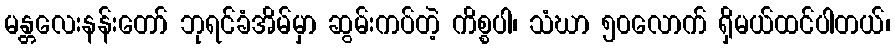
မန္တလေးနန်းတော် ဘုရင်ခံအိမ်မှာ ဆွမ်းကပ်တဲ့ ကိစ္စပါ၊ သံဃာ ၅၀လောက် ရှိမယ်ထင်ပါတယ်၊